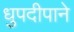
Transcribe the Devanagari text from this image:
धुपदीपाने